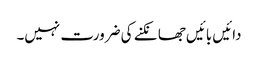
دائیں بائیں جھانکنے کی ضرورت نہیں۔